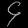
Digit: ၄